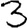
Digit: 3